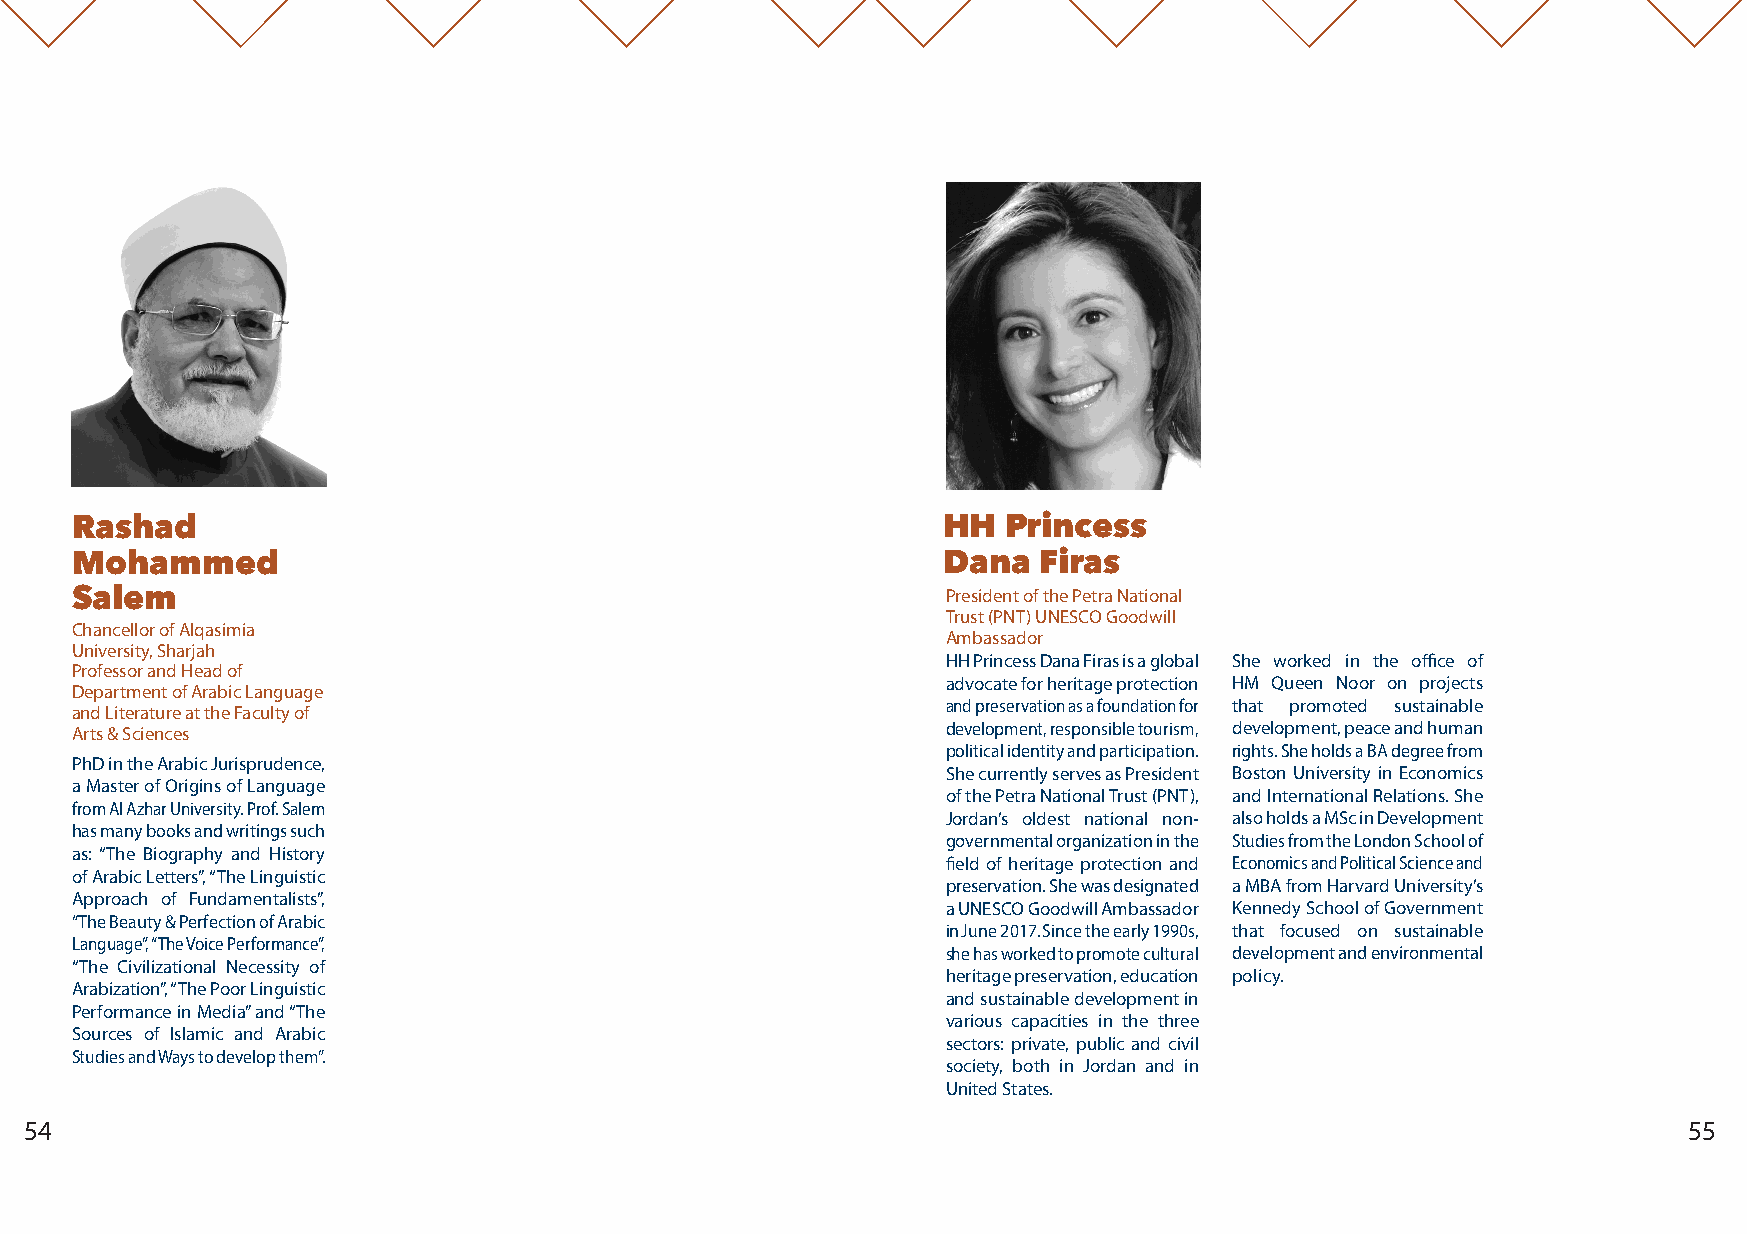
Rashad                                                    HH  Princess
 Mohammed                                                  Dana  Firas
 Salem                                                     President of the Petra National
 Trust (PNT) UNESCO Goodwill
 Chancellor of Alqasimia
 Ambassador
 University, Sharjah
 HH Princess Dana Firas is a global She worked in the office of
 Professor and Head of
 advocate for heritage protection HM Queen Noor on projects
 Department of Arabic Language
 and preservation as a foundation for that promoted sustainable
 and Literature at the Faculty of
 Arts & Sciences                                           development, responsible tourism, development, peace and human
 political identity and participation. rights. She holds a BA degree from
 PhD in the Arabic Jurisprudence,
 She currently serves as President Boston University in Economics
 a Master of Origins of Language
 of the Petra National Trust (PNT), and International Relations. She
 from Al Azhar University. Prof. Salem
 Jordan’s oldest national non- also holds a MSc in Development
 has many books and writings such
 governmental organization in the Studies from the London School of
 as: “The Biography and History
 field of heritage protection and Economics and Political Science and
 of Arabic Letters”, “The Linguistic
 preservation. She was designated a MBA from Harvard University’s
 Approach of Fundamentalists”,
 a UNESCO Goodwill Ambassador Kennedy School of Government
 “The Beauty & Perfection of Arabic
 in June 2017. Since the early 1990s, that focused on sustainable
 Language”, “The Voice Performance”,
 she has worked to promote cultural development and environmental
 “The Civilizational Necessity of
 heritage preservation, education policy.
 Arabization”, “The Poor Linguistic
 and sustainable development in
 Performance in Media” and “The
 various capacities in the three
 Sources of Islamic and Arabic
 sectors: private, public and civil
 Studies and Ways to develop them”.
 society, both in Jordan and in
 United States.
 54                                                                                                            55